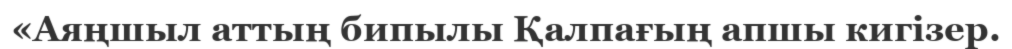
«Аяңшыл аттың бипылы Қалпағың апшы кигізер.